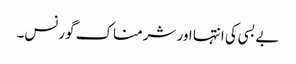
بے بسی کی انتہا اور شرمناک گورنس۔